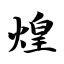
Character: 煌